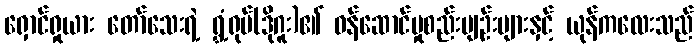
ရှောင်ရှုယား တော်သေးရဲ့ ရွှံ့ရုပ်(ဒိုဂူး)၏ ဝန်ဆောင်မှုစည်းမျဉ်းများနှင့် ယုန်ကလေးသည်